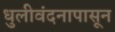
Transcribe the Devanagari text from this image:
धुलीवंदनापासून